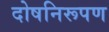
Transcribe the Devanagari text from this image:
दोषनिरूपण